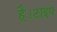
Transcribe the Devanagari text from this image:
है।टाइप